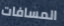
المسافات